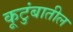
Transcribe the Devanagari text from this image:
कूटुंबातील